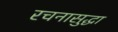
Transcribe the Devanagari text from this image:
रचनासुद्धा